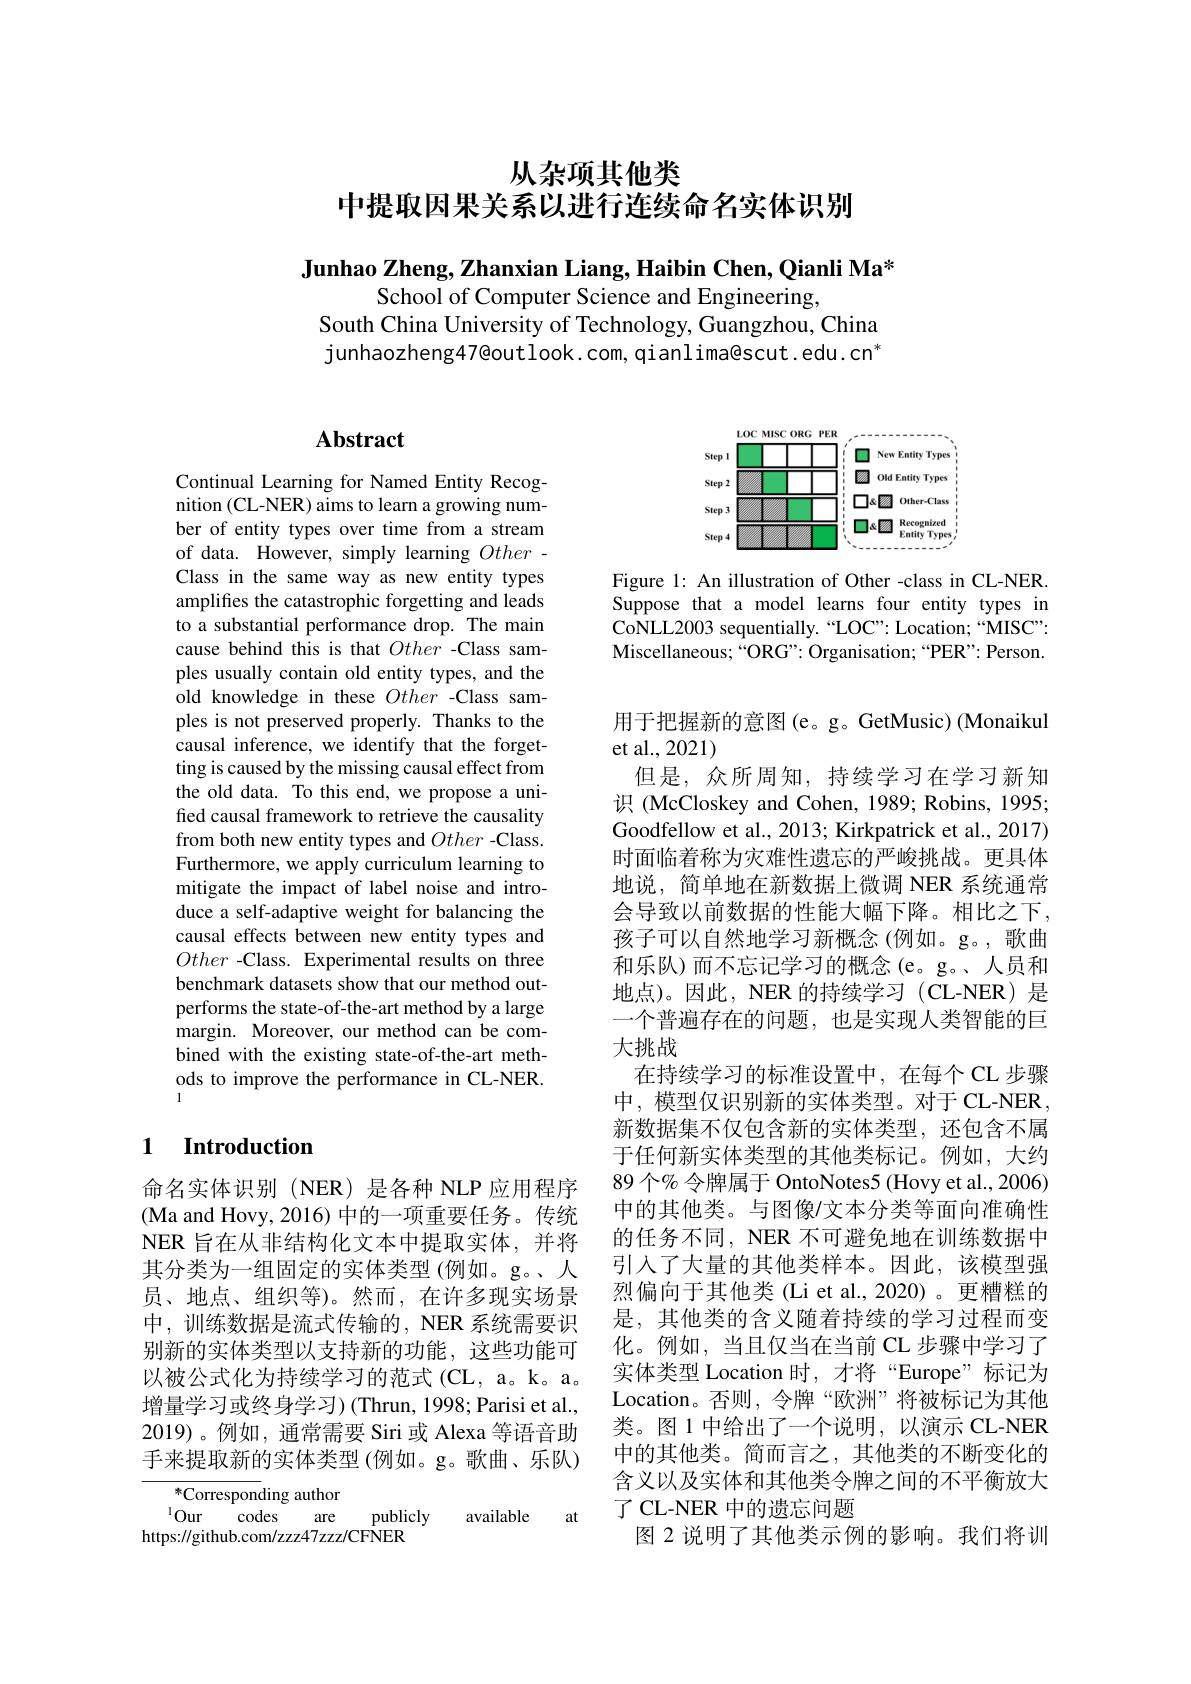
从杂项其他类

中提取因果关系以进行连续命名实体识别

Junhao Zheng, Zhanxian Liang, Haibin Chen, Qianli Ma*
School of Computer Science and Engineering,
South China University of Technology, Guangzhou, China $junhaozheng47@outlook.com,qianlima@scut.edu.cn^*$

# Abstract

Continual Learning for Named Entity Recognition (CL-NER) aims to learn a growing number of entity types over time from a stream of data. However, simply learning Other - Class in the same way as new entity types amplifies the catastrophic forgetting and leads to a substantial performance drop. The main cause behind this is that Other -Class samples usually contain old entity types, and the old knowledge in these Other -Class samples is not preserved properly. Thanks to the causal inference, we identify that the forgetting is caused by the missing causal effect from the old data. To this end, we propose a unified causal framework to retrieve the causality from both new entity types and Other -Class. Furthermore, we apply curriculum learning to mitigate the impact of label noise and introduce a self-adaptive weight for balancing the causal effects between new entity types and Other -Class. Experimental results on three benchmark datasets show that our method outperforms the state-of-the-art method by a large margin. Moreover, our method can be combined with the existing state-of-the-art methods to improve the performance in CL-NER.

### 1 $\textbf{Introduction}$

命名实体识别 (NER) 是各种 NLP 应用程序(Ma and Hovy, 2016) 中的一项重要任务。传统NER 旨在从非结构化文本中提取实体，并将其分类为一组固定的实体类型 (例如。g。、人员、地点、组织等)。然而，在许多现实场景中，训练数据是流式传输的，NER 系统需要识别新的实体类型以支持新的功能，这些功能可以被公式化为持续学习的范式 (CL, a。k。a。增量学习或终身学习)(Thrun, 1998; Parisi et al., 2019)。例如，通常需要 Siri 或 Alexa 等语音助手来提取新的实体类型(例如。g。歌曲、乐队)

${}^{*}$Corresponding author
at
$^{1}$Our codes are
publicly
available
https://github.com/zzz47zzz/CFNER

<FigureHere>

Figure 1: An illustration of Other -class in CL-NER. Suppose that a model learns four entity types in CoNLL2003 sequentially.“LOC”: Location;“MISC”: Miscellaneous;“ORG”: Organisation;“PER”: Person.

用于把握新的意图(e。g。GetMusic) (Monaikul
et al.,2021)
但是，众所周知，持续学习在学习新知识 (McCloskey and Cohen, 1989; Robins, 1995; Goodfellow et al., 2013; Kirkpatrick et al., 2017) 时面临着称为灾难性遗忘的严峻挑战。更具体地说，简单地在新数据上微调 NER 系统通常会导致以前数据的性能大幅下降。相比之下， 孩子可以自然地学习新概念(例如。g。,歌曲和乐队)而不忘记学习的概念(e。g。、人员和地点)。因此，NER 的持续学习 (CL-NER)是一个普遍存在的问题，也是实现人类智能的巨大挑战
在持续学习的标准设置中，在每个 CL 步骤中，模型仅识别新的实体类型。对于 CL-NER 新数据集不仅包含新的实体类型，还包含不属于任何新实体类型的其他类标记。例如，大约89 个% 令牌属于 OntoNotes5 (Hovy et al., 2006) 中的其他类。与图像/文本分类等面向准确性的任务不同，NER 不可避免地在训练数据中引入了大量的其他类样本。因此，该模型强烈偏向于其他类 (Li et al., 2020) 。更糟糕的是，其他类的含义随着持续的学习过程而变化。例如，当且仅当在当前 CL 步骤中学习了实体类型 Location 时，才将“Europe”标记为Location。否则，令牌“欧洲”将被标记为其他类。图1 中给出了一个说明，以演示 CL-NER 中的其他类。简而言之，其他类的不断变化的含义以及实体和其他类令牌之间的不平衡放大了 CL-NER 中的遗忘问题
图 2 说明了其他类示例的影响。我们将训